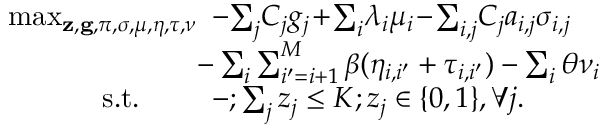
\begin{array} { r l } { \operatorname* { m a x } _ { { \mathbf { z } } , { \mathbf { g } } , \pi , \sigma , \mu , \eta , \tau , \nu } } & { \! \! \! - \! \sum _ { j } \! C _ { j } g _ { j } \! + \! \sum _ { i } \! \lambda _ { i } \mu _ { i } \! - \! \sum _ { i , j } \! C _ { j } a _ { i , j } \sigma _ { i , j } } \\ & { \! \! \! \! \! \! - \sum _ { i } \sum _ { i ^ { \prime } = i + 1 } ^ { M } \beta ( \eta _ { i , i ^ { \prime } } + \tau _ { i , i ^ { \prime } } ) - \sum _ { i } \theta \nu _ { i } } \\ { \mathrm { s . t . } \quad \quad } & { \! \! \! - ; \sum _ { j } z _ { j } \leq K ; z _ { j } \in \{ 0 , 1 \} , \forall j . } \end{array}